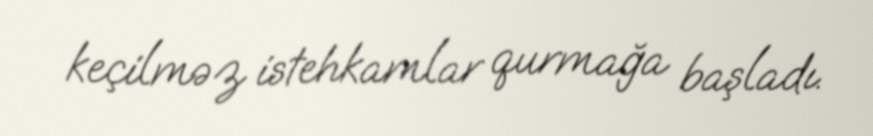
keçilməz istehkamlar qurmağa başladı.